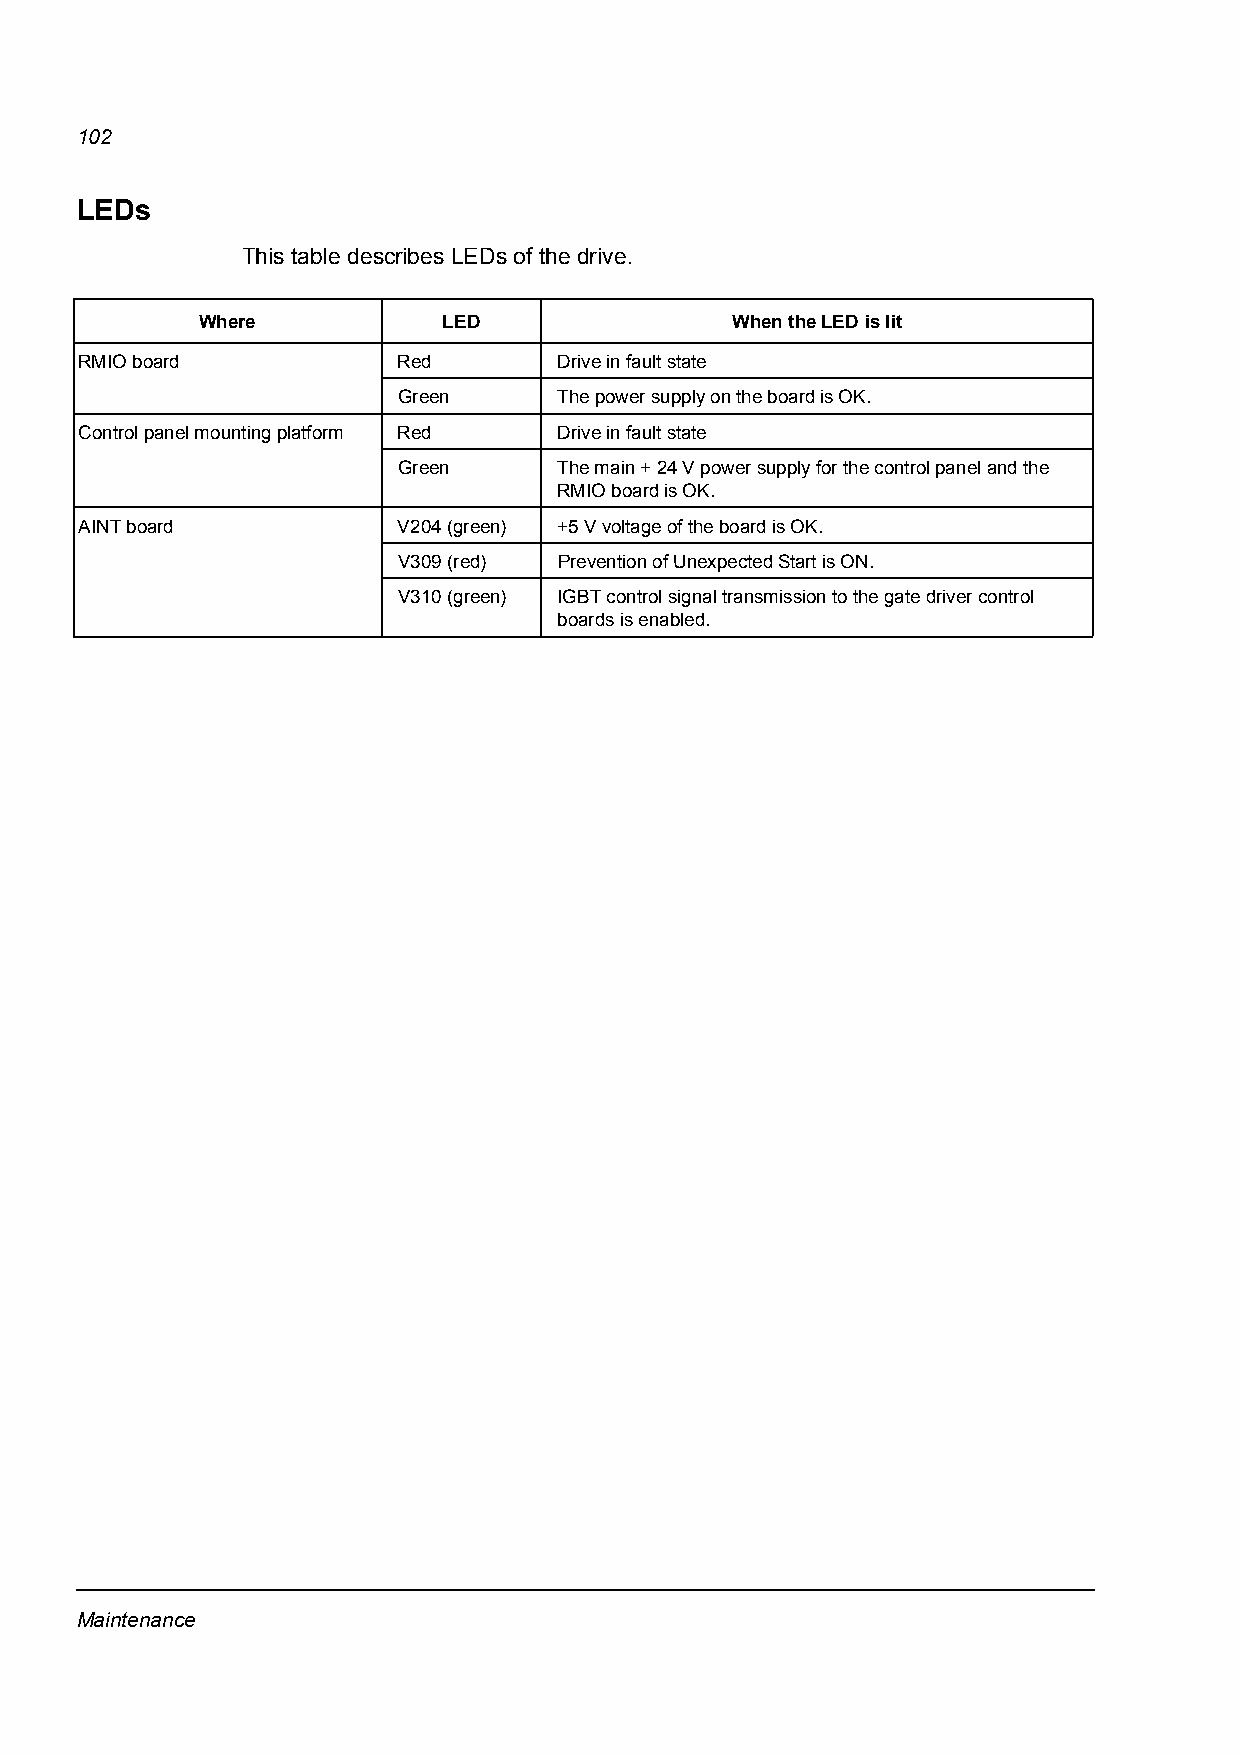
102
 LEDs
 This table describes LEDs of the drive.
 Where           LED                When the LED is lit
 RMIO board           Red        Drive in fault state
 Green      The power supply on the board is OK.
 Control panel mounting platform Red Drive in fault state
 Green      The main + 24 V power supply for the control panel and the
 RMIO board is OK.
 AINT board           V204 (green) +5 V voltage of the board is OK.
 V309 (red) Prevention of Unexpected Start is ON.
 V310 (green) IGBT control signal transmission to the gate driver control
 boards is enabled.
 Maintenance